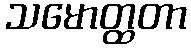
သမောတ္ထတာ